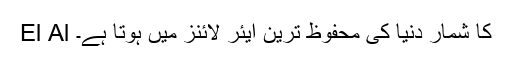
El Al کا شمار دنیا کی محفوظ ترین ایئر لائنز میں ہوتا ہے۔